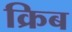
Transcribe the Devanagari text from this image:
क्रिब